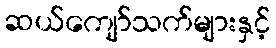
ဆယ်ကျော်သက်များနှင့်